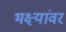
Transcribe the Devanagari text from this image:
भक्ष्यांवर